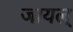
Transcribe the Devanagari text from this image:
जायल्